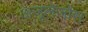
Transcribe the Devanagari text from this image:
अज़ूलेजोस